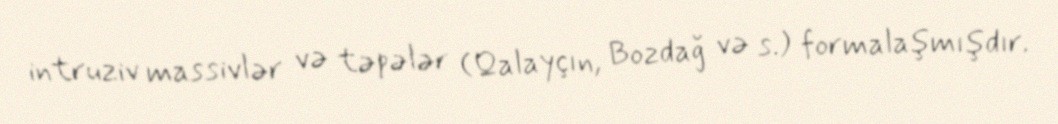
intruziv massivlər və təpələr (Qalayçın, Bozdağ və s.) formalaşmışdır.